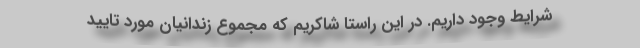
شرایط وجود داریم. در این راستا شاکریم که مجموع زندانیان مورد تایید